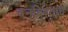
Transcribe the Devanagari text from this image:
वनविण्याचे